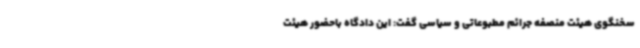
سخنگوی هیئت منصفه جرائم مطبوعاتی و سیاسی گفت: این دادگاه باحضور هیئت